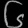
Digit: ၆